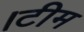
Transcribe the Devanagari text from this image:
।टीम